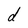
Character: d